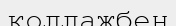
коллажбен